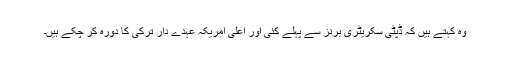
وہ کہتے ہیں کہ ڈپٹی سکریٹری برنز سے پہلے کئی اور اعلیٰ امریکہ عہدے دار ترکی کا دورہ کر چکے ہیں۔